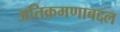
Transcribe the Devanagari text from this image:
अतिक्रमणाबद्दल